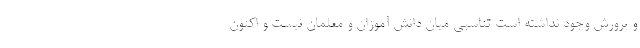
و پرورش وجود نداشته است تناسبی میان دانش آموزان و معلمان نیست و اکنون